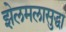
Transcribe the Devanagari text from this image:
झेलमलासुद्धा